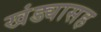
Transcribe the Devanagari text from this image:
खंड्यासह